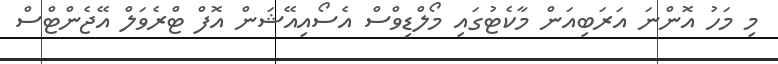
މި މަހު އޮންނަ އަރަބިއަން މާކެޓުގައި މޯލްޑިވްސް އެސޯއިއޭޝަން އޮފް ޓްރެވަލް އޭޖެންޓްސް